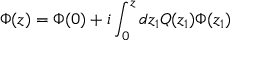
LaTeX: \Phi ( z ) = \Phi ( 0 ) + i \int _ { 0 } ^ { z } d z _ { 1 } Q ( z _ { 1 } ) \Phi ( z _ { 1 } )